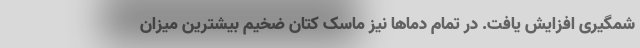
شمگیری افزایش یافت. در تمام دماها نیز ماسک کتان ضخیم بیشترین میزان